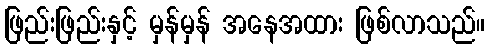
ဖြည်းဖြည်းနှင့် မှန်မှန် အနေအထား ဖြစ်လာသည်။